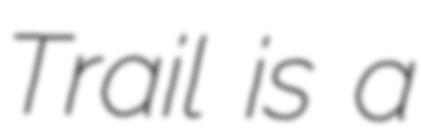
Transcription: Trail is a